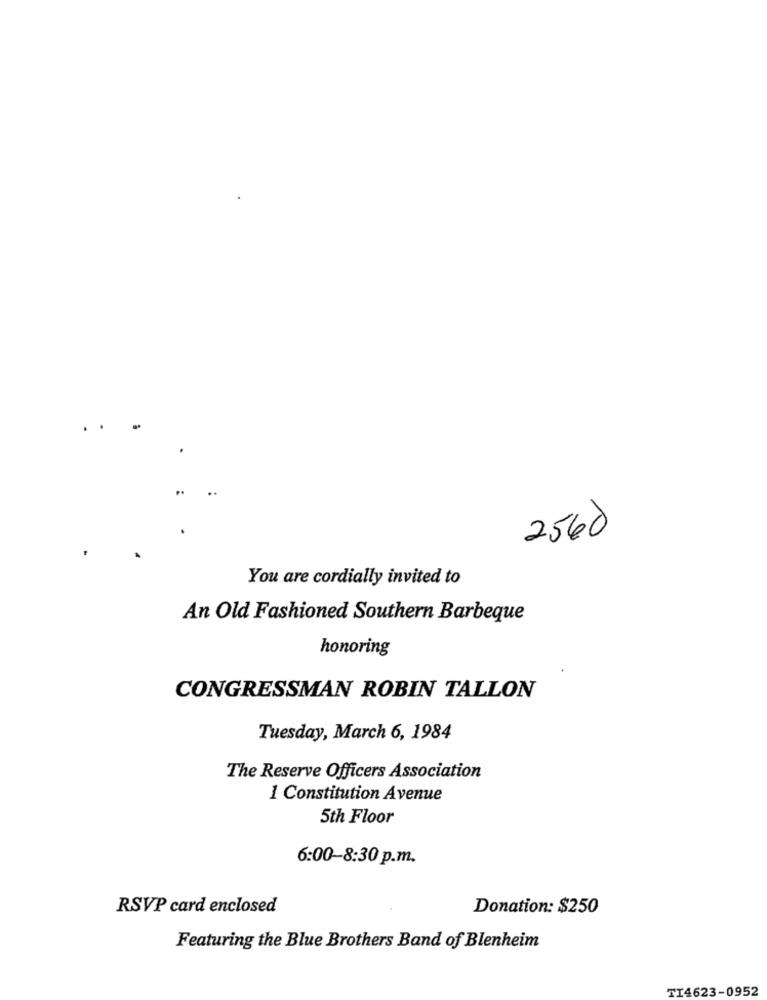
.
2560
You are cordially invited to
An Old Fashioned Southern Barbeque
honoring
CONGRESSMAN ROBIN TALLON
Tuesday, March 6, 1984
The Reserve Officers Association
1 Constitution Avenue
5th Floor
6:00-8:30 p.m.
RSVP card enclosed
Donation: $250
Featuring the Blue Brothers Band of Blenheim
TI4623-0952